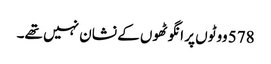
578 ووٹوں پر انگوٹھوں کے نشان نہیں تھے۔